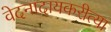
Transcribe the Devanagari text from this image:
वेदनादायकरीत्या